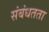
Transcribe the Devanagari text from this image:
संबंधतता